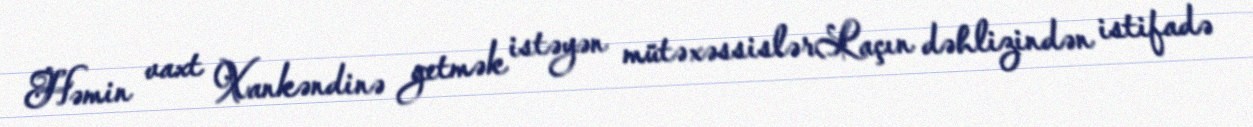
Həmin vaxt Xankəndinə getmək istəyən mütəxəssislərLaçın dəhlizindən istifadə